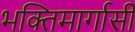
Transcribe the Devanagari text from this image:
भक्तिमार्गासी